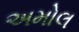
અમોલ